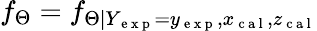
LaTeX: f_{\Theta}=f_{\Theta|Y_{\mathrm{~e~x~p~}}=y_{\mathrm{~e~x~p~}},x_{\mathrm{~c~a~l~}},z_{\mathrm{~c~a~l~}}}